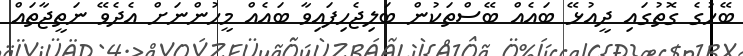
ބޭހުގެ ގޮތުގައި ދީއުޅޭ ބައެއް ބޭސްތަކުން ބަލިޖެހިފައިވާ ބައެއް މީހުންނަށް އެދެވޭ ނަތީޖާތައް